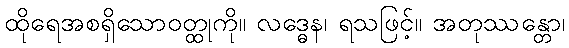
ထိုရေအစရှိသောဝတ္ထုကို။ လဒ္ဓေန၊ ရသဖြင့်။ အတုဿန္တော၊